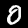
Digit: 0